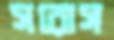
সরোস